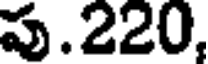
పు.220,